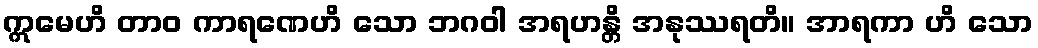
ဣမေဟိ တာဝ ကာရဏေဟိ သော ဘဂဝါ အရဟန္တိ အနုဿရတိ။ အာရကာ ဟိ သော